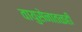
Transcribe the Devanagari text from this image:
वायुसेनातळही